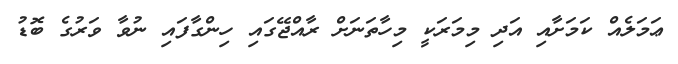
ޢަމަލެއް ކަމަށާއި އަދި މިމަރަކީ މިހާތަނަށް ރާއްޖޭގައި ހިންގާފައި ނުވާ ވަރުގެ ބޮޑު